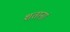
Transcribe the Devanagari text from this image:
शतानां